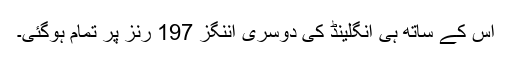
اس کے ساتھ ہی انگلینڈ کی دوسری اننگز 197 رنز پر تمام ہوگئی۔